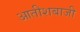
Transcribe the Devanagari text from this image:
आतीशबाजी